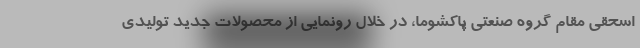
اسحقی مقام گروه صنعتی پاکشوما، در خلال رونمایی از محصولات جدید تولیدی